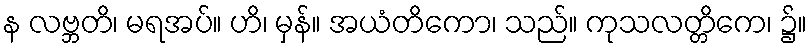
န လဗ္ဘတိ၊ မရအပ်။ ဟိ၊ မှန်။ အယံတိကော၊ သည်။ ကုသလတ္တိကေ၊ ၌။